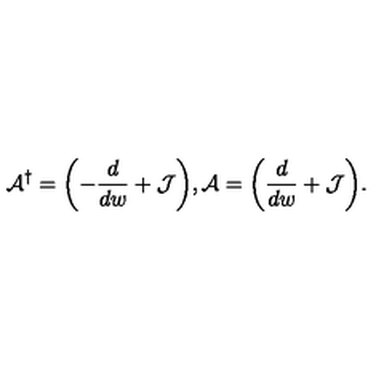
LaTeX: { \cal A } ^ { \dagger } = \biggl ( - \frac { d } { d w } + { \cal J } \biggr ) , { \cal A } = \biggl ( \frac { d } { d w } + { \cal J } \biggr ) .